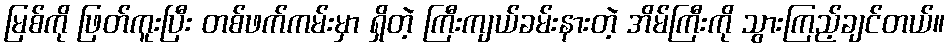
မြစ်ကို ဖြတ်ကူးပြီး တစ်ဖက်ကမ်းမှာ ရှိတဲ့ ကြီးကျယ်ခမ်းနားတဲ့ အိမ်ကြီးကို သွားကြည့်ချင်တယ်။